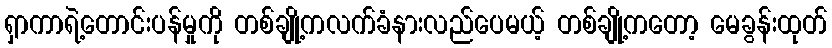
ရှာကာရဲ့တောင်းပန်မှုကို တစ်ချို့ကလက်ခံနားလည်ပေမယ့် တစ်ချို့ကတော့ မေခွန်းထုတ်